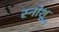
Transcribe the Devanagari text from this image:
स्नोशू